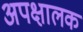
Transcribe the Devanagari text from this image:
अपक्षालक